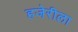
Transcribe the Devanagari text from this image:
हजेरीला